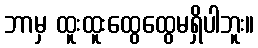
ဘာမှ ထူးထူးထွေထွေမရှိပါဘူး။